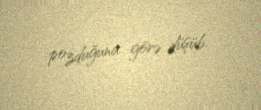
pozduğuna görə düşüb.